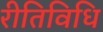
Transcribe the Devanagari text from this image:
रीतिविधि